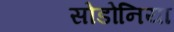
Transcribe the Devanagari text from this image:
सोडोनिया